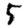
Digit: 5